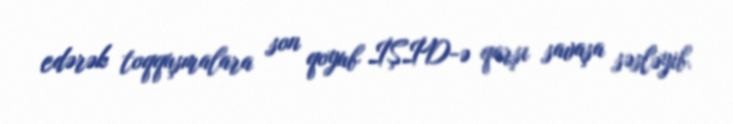
edərək toqquşmalara son qoyub İŞİD-ə qarşı savaşa səsləyib.